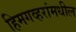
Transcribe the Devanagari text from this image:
हिमगव्हरांमधील